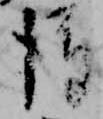
後